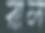
রাল